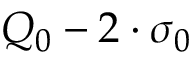
Q _ { 0 } - 2 \cdot \sigma _ { 0 }